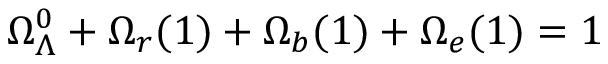
\Omega _ { \Lambda } ^ { 0 } + \Omega _ { r } ( 1 ) + \Omega _ { b } ( 1 ) + \Omega _ { e } ( 1 ) = 1